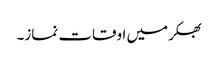
بھکر میں اوقات نماز۔